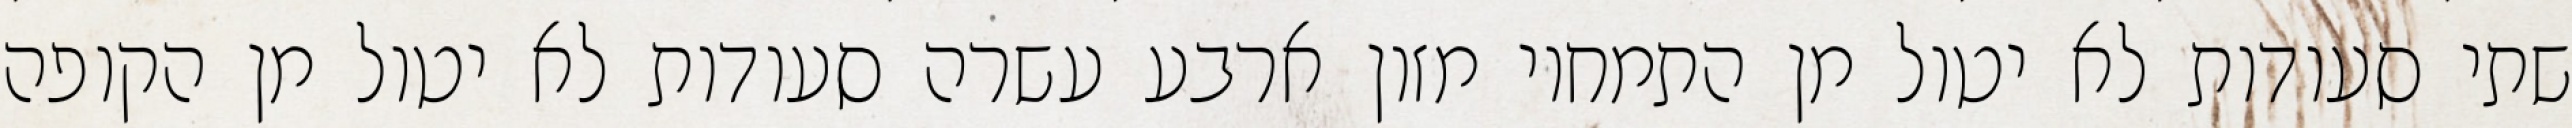
שתי סעודות לא יטול מן התמחוי מזון ארבע עשרה סעודות לא יטול מן הקופה